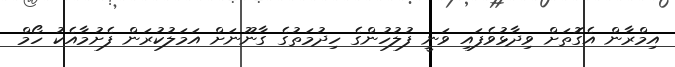
އިމްރާން އެގޮތަށް ވިދާޅުވެފައި ވަނީ ފުލުހުންގެ ހިދުމަތުގެ ގާނޫނަށް އަމަލުކުރަން ފެށުމާއެކު ހޯމް